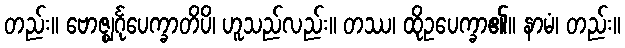
တည်း။ ဗောဇ္ဈင်္ဂုပေက္ခာတိပိ၊ ဟူသည်လည်း။ တဿ၊ ထိုဥပေက္ခာ၏။ နာမံ၊ တည်း။